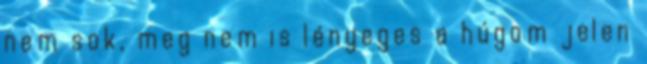
nem sok, meg nem is lényeges a húgom jelen